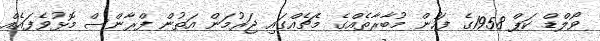
ވޯލްޑް ކަޕް 1958ގެ ފަހުން މުބާރާތެއްގެ މެޗެއްގައި ޖަރުމަން އަތުން ފްރާންސް މޮޅުވެފައެއް